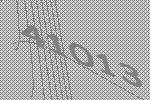
41013